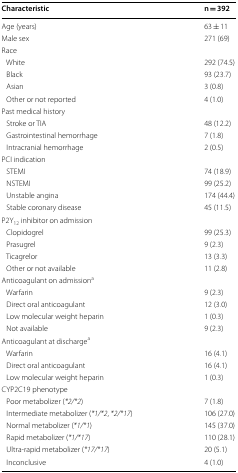
| Characteristic | n = 392 |
 | --- | --- |
 | Age (years) | 63 ± 11 |
 | Male sex | 271 (69) |
 | <COLSPAN=2> Race |
 | White | 292 (74.5) |
 | Black | 93 (23.7) |
 | Asian | 3 (0.8) |
 | Other or not reported | 4 (1.0) |
 | <COLSPAN=2> Past medical history |
 | Stroke or TIA | 48 (12.2) |
 | Gastrointestinal hemorrhage | 7 (1.8) |
 | Intracranial hemorrhage | 2 (0.5) |
 | <COLSPAN=2> PCI indication |
 | STEMI | 74 (18.9) |
 | NSTEMI | 99 (25.2) |
 | Unstable angina | 174 (44.4) |
 | Stable coronary disease | 45 (11.5) |
 | <COLSPAN=2> P2Y12 inhibitor on admission |
 | Clopidogrel | 99 (25.3) |
 | Prasugrel | 9 (2.3) |
 | Ticagrelor | 13 (3.3) |
 | Other or not available | 11 (2.8) |
 | <COLSPAN=2> Anticoagulant on admissiona |
 | Warfarin | 9 (2.3) |
 | Direct oral anticoagulant | 12 (3.0) |
 | Low molecular weight heparin | 1 (0.3) |
 | Not available | 9 (2.3) |
 | <COLSPAN=2> Anticoagulant at dischargea |
 | Warfarin | 16 (4.1) |
 | Direct oral anticoagulant | 16 (4.1) |
 | Low molecular weight heparin | 1 (0.3) |
 | <COLSPAN=2> CYP2C19 phenotype |
 | Poor metabolizer (*2/*2) | 7 (1.8) |
 | Intermediate metabolizer (*1/*2, *2/*17) | 106 (27.0) |
 | Normal metabolizer (*1/*1) | 145 (37.0) |
 | Rapid metabolizer (*1/*17) | 110 (28.1) |
 | Ultra-rapid metabolizer (*17/*17) | 20 (5.1) |
 | Inconclusive | 4 (1.0) |